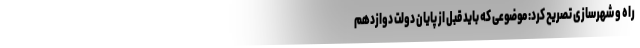
راه و شهرسازی تصریح کرد: موضوعی که باید قبل از پایان دولت دوازدهم